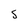
Character: 5